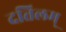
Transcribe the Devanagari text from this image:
दत्तिलम्‌